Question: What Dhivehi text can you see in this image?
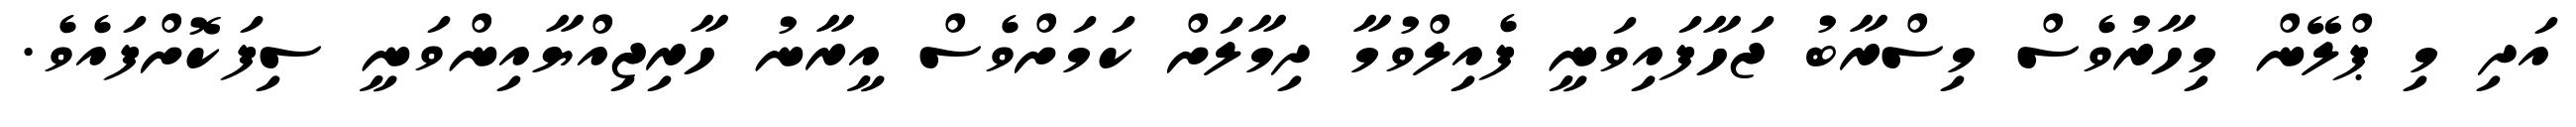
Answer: އަދި މި ޕްލޭން މިހާރުވެސް މިސްރާބު ޖަހާފައިވަނީ ފެއިލްވުމާ ދިމާލަށް ކަމަށްވެސް އީރާނު ހާރިޖިއްޔާއިންވަނީ ސިފަކޮށްފައެވެ.